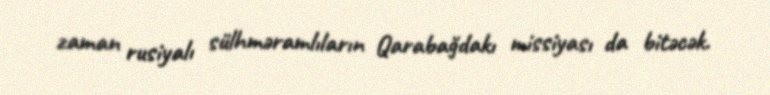
zaman rusiyalı sülhməramlıların Qarabağdakı missiyası da bitəcək.